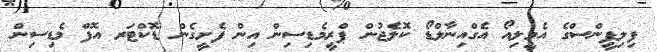
ފިލިޕީންސްގެ އެމީލިއޯ އެގްއިނާލްޑޯ ކޮލެޖުން ޕްރީމެޑިިސިން އިން ފެށީގެން ޑޮކްޓަރ އޮފް މެޑިސިން